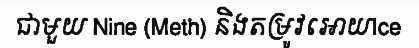
ជាមួយ Nine (Meth) និងតម្រូវអោយIce